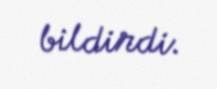
bildirdi.